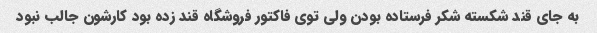
به جای قند شکسته شکر فرستاده بودن ولی توی فاکتور فروشگاه قند زده بود کارشون جالب نبود